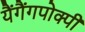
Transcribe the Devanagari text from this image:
यैंगैंगपोक्पी